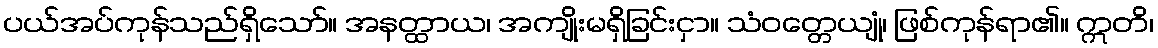
ပယ်အပ်ကုန်သည်ရှိသော်။ အနတ္ထာယ၊ အကျိုးမရှိခြင်းငှာ။ သံဝတ္တေယျုံ၊ ဖြစ်ကုန်ရာ၏။ ဣတိ၊